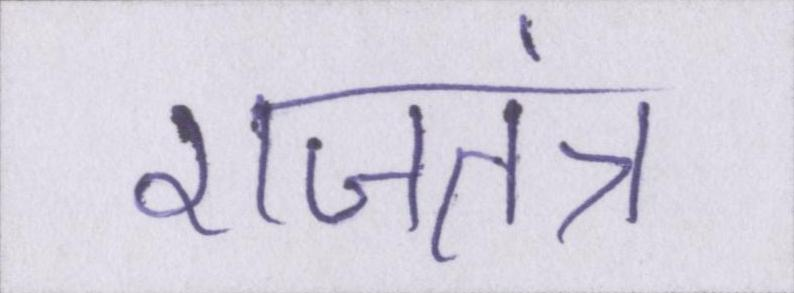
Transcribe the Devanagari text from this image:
राजतंत्र